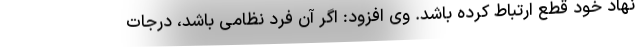
نهاد خود قطع ارتباط کرده باشد. وی افزود: اگر آن فرد نظامی باشد، درجات